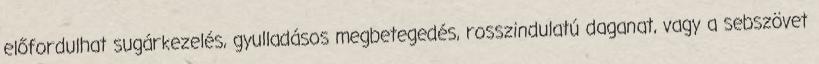
előfordulhat sugárkezelés, gyulladásos megbetegedés, rosszindulatú daganat, vagy a sebszövet